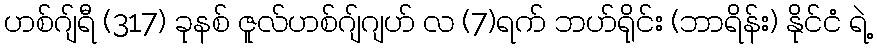
ဟစ်ဂျ်ရီ (317) ခုနစ် ဇူလ်ဟစ်ဂျ်ဂျဟ် လ (7)ရက် ဘဟ်ရိုင်း (ဘာရိန်း) နိုင်ငံ ရဲ့